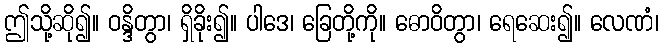
ဤသို့ဆို၍။ ဝန္ဒိတွာ၊ ရှိခိုး၍။ ပါဒေ၊ ခြေတို့ကို။ ဓောဝိတွာ၊ ရေဆေး၍။ လေဏံ၊